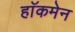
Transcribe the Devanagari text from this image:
हाॅकमेन